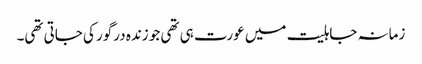
زمانہ جاہلیت میں عورت ہی تھی جو زندہ درگور کی جاتی تھی۔